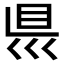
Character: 𥄉